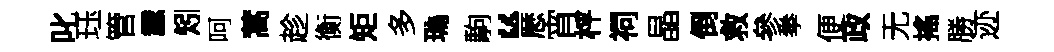
叱珏管纛矧呵蒿趁衡矩多瑪駒“厯宵枰祠晶倒救參拳便政无搖勝迹